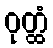
ဝုတ္ထံ